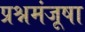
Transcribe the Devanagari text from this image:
प्रश्नमंजूषा